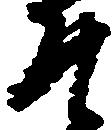
そ